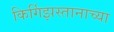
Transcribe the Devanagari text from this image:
किर्गिझस्तानाच्या